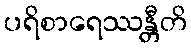
ပရိစာရေဿန္တီတိ